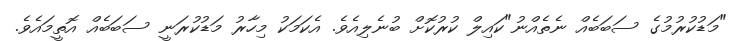
"މަޑުކުރުމުގެ ސަބަބެއް ނެތެއްނު"ކައިލް ކުރުކޮށް ބުނެލިއެވެ. އެކަމަކު މިހާރު މަޑުކުރަނީ ސަބަބެއް އޮތީމައެވެ.